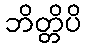
ဘိတ္တိပိ